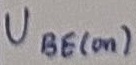
Text: UBE(on)